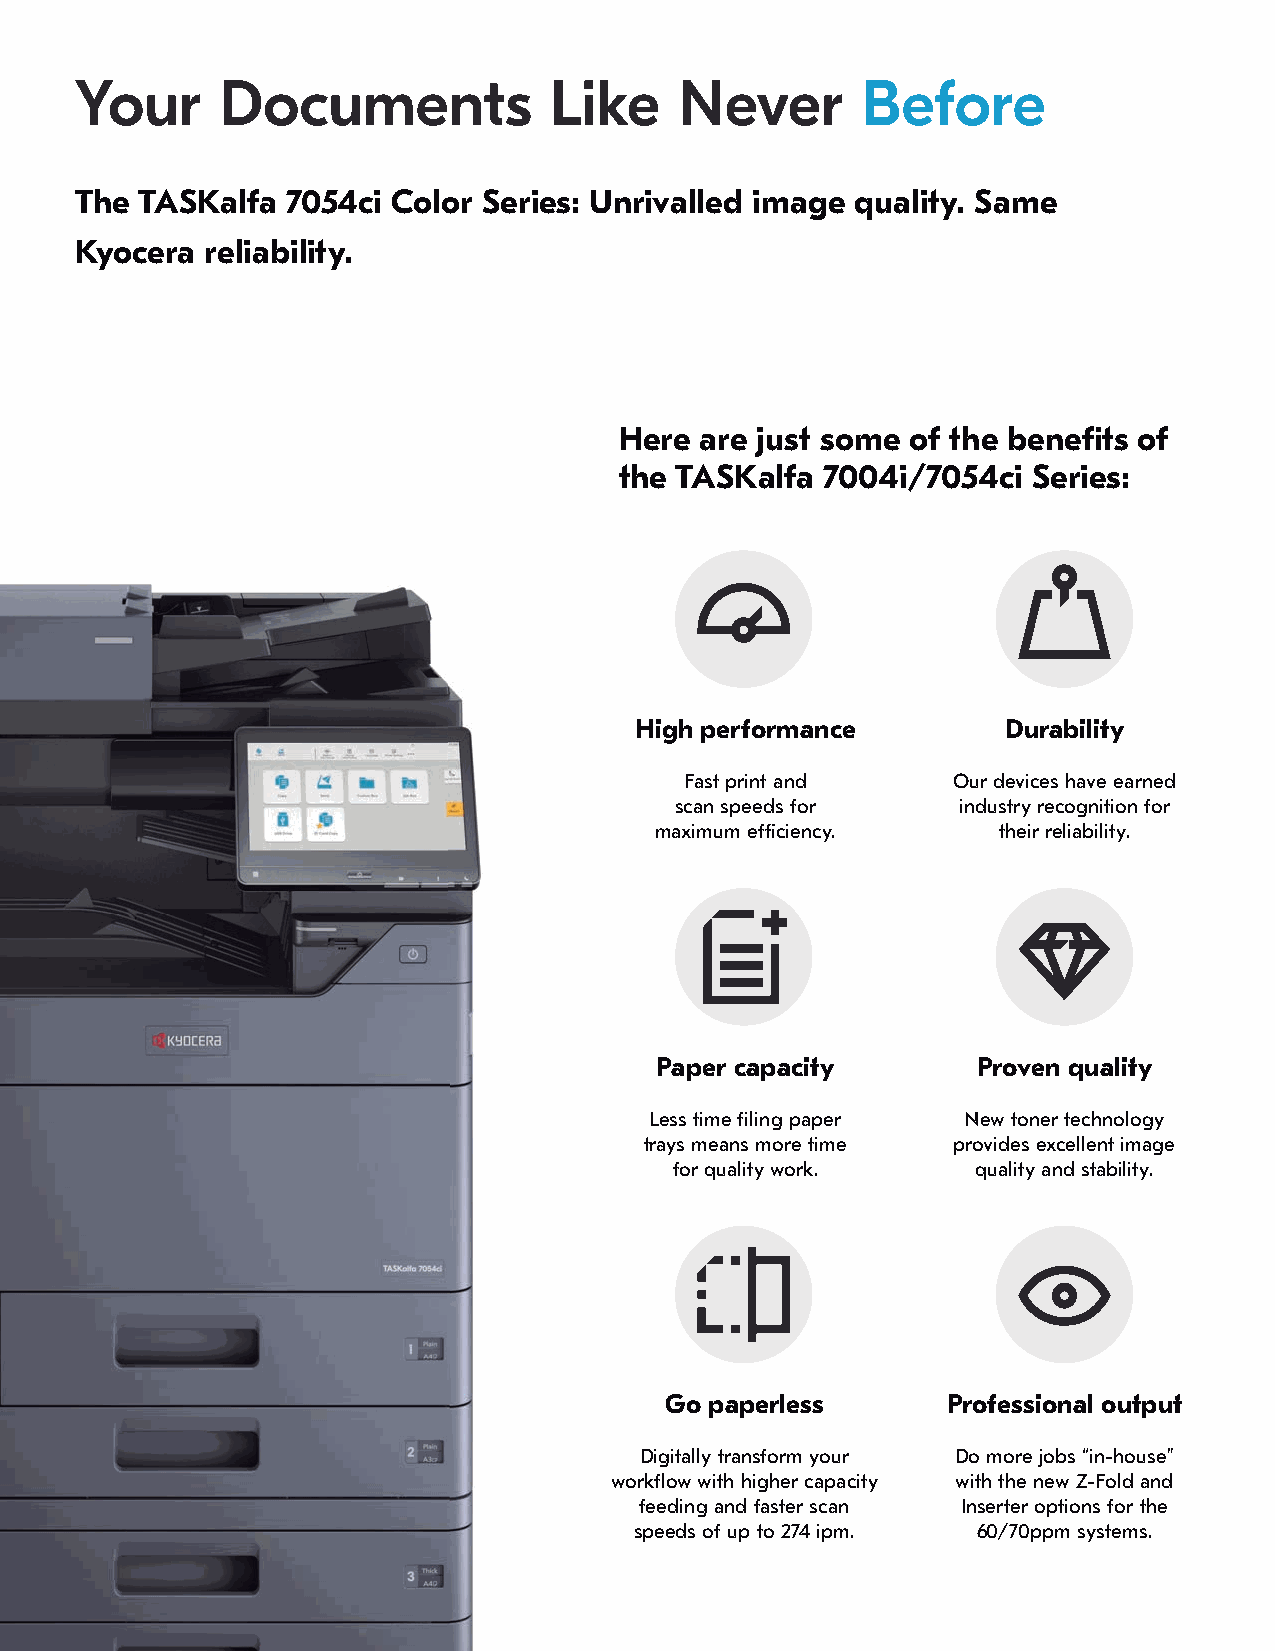
Your      Documents            Like     Never       Before
 The TASKalfa  7054ci Color Series: Unrivalled image quality. Same
 Kyocera  reliability.
 Here are just some of the benefi ts of
 the TASKalfa  7004i/7054ci Series:
 High performance         Durability
 Fast print and    Our devices have earned
 scan speeds for   industry recognition for
 maximum effi ciency.   their reliability.
 Paper capacity        Proven quality
 Less time fi ling paper New toner technology
 trays means more time provides excellent image
 for quality work.   quality and stability.
 Go paperless       Professional output
 Digitally transform your Do more jobs “in-house”
 workfl ow with higher capacity with the new Z-Fold and
 feeding and faster scan Inserter options for the
 speeds of up to 274 ipm. 60/70ppm systems.
 KKyyoocceerraa EEvvoolluuttiioonn SSeerriieess                           1111